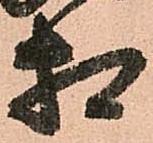
相